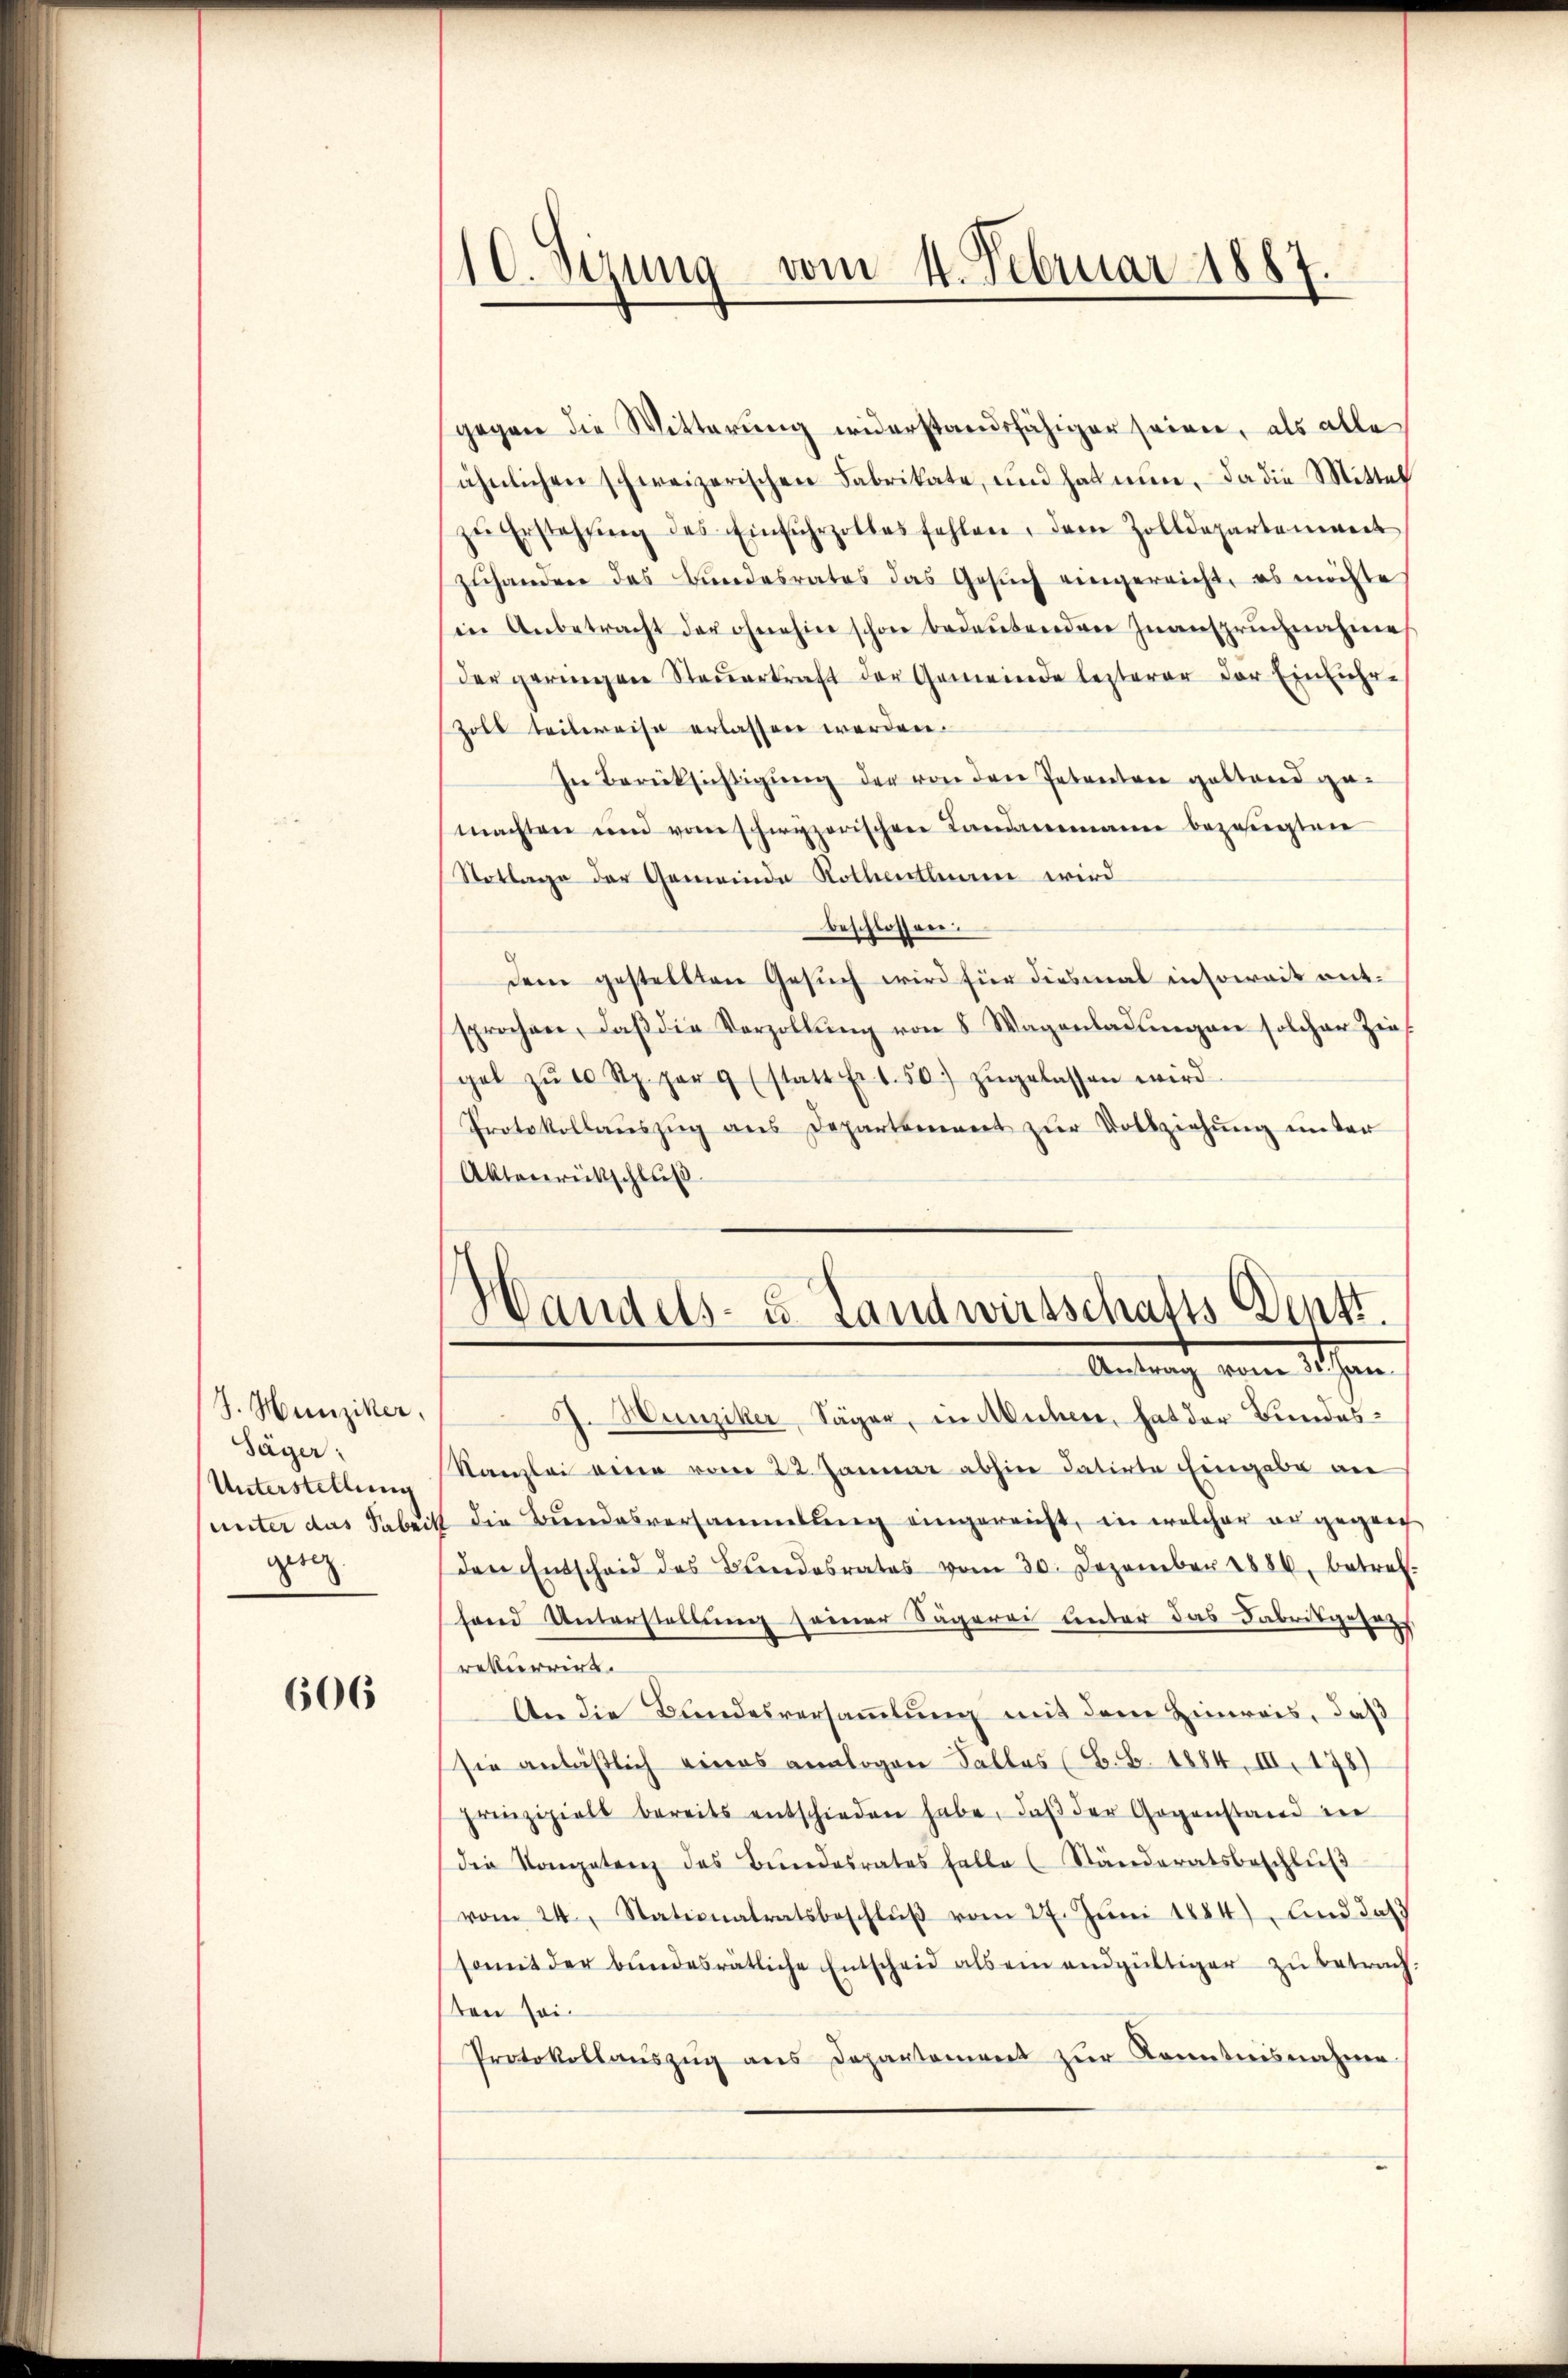
J. Hunziker,
Säger:
Unterstellung
geeig

606

10. Sizung vom 4. Februar 1887

gegen die Witterung widerstandsfähiger seinen, als alle
ähnlichen schweizerischen Fabrikate, und hat nun, da die Mittel
zŭ Erstehung des Einfuhrzolles fehlen, dem Zolldepartement
zuhandere das Bundesrates das Gesuch eingereicht, es möchte
in Anbetracht der ohnehin schon bedeŭtenden Inanspruchnahme
der geringen Steuerkraft der Gemeinde lezterer der Einführ-
Zoll teilweise erlassen werden.
In Berücksichtigung der von den Petenten gestand gemachten und vom schwyzerischen Landammanne bezeugten
Notlage der Gemeinde Rothenthum wird
beschlossen.
dem gestellten Gesuch wird für diesmal insoweit entsprochen, daβ die Vorzollŭng von 8 Wagenladŭngen solcher Zins
gel zŭ 10 Rp. per 9 (statt Fr. 1.50. zŭgelassen wird.
Protokollaŭszŭg ans Departement zŭr Vollziehung unter
Aktenrückschluß
Handels- u. Landwirtschafts Denkt.
Antrag vom 30. Jan
J. Hunziker, Säger, in Michen, hat der Bundes¬
Kanzlei eine vom 22. Januar abhin datirte Eingabe an
unter das arbeit die Bundesversammlung eingereicht, in welcher ergegen
den Entscheid des Bŭndesrates vom 30. Dezember 1886 betref-
fand Unterstellung seiner Sägerei unter das Fabrikgesetz
rekurrirt.
An die Bundesversammlung mit dem Hinweis, daß
sie anläßlich eines analogen Falles (Z. B. 1884, III. 178)
prinzipiels bereits entschieden habe, daβ der Gegenstand in
die Kompetenz des Bŭndesrates falle (Ständeratsbeschlŭβ
vom 24. Stationatratsbeschlŭβ vom 27. Jŭni 1884). Und das
somit der bundesrätliche Entscheid als ein endgültiger zu betrach.
ten sei¬
Protokollaŭszŭg ans Departement zŭr Kenntnisnahme.